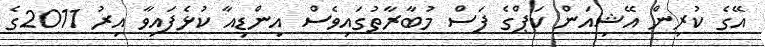
އޭގެ ކުރިން އޭޝިއަން ކަޕްގެ ފަސް މުބާރާތުގައިވެސް އިންޑިއާ ކުޅެފައިވާ އިރު 2011ގެ